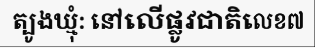
ត្បូងឃ្មុំ: នៅលើផ្លូវជាតិលេខ៧